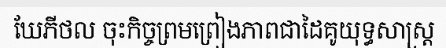
ឃែភីថល ចុះកិច្ចព្រមព្រៀងភាពជាដៃគូយុទ្ធសាស្ត្រ